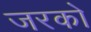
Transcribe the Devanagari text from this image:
जरको